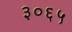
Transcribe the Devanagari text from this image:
३०६५